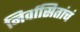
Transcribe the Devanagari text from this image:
निर्वासितांचं